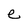
Character: e